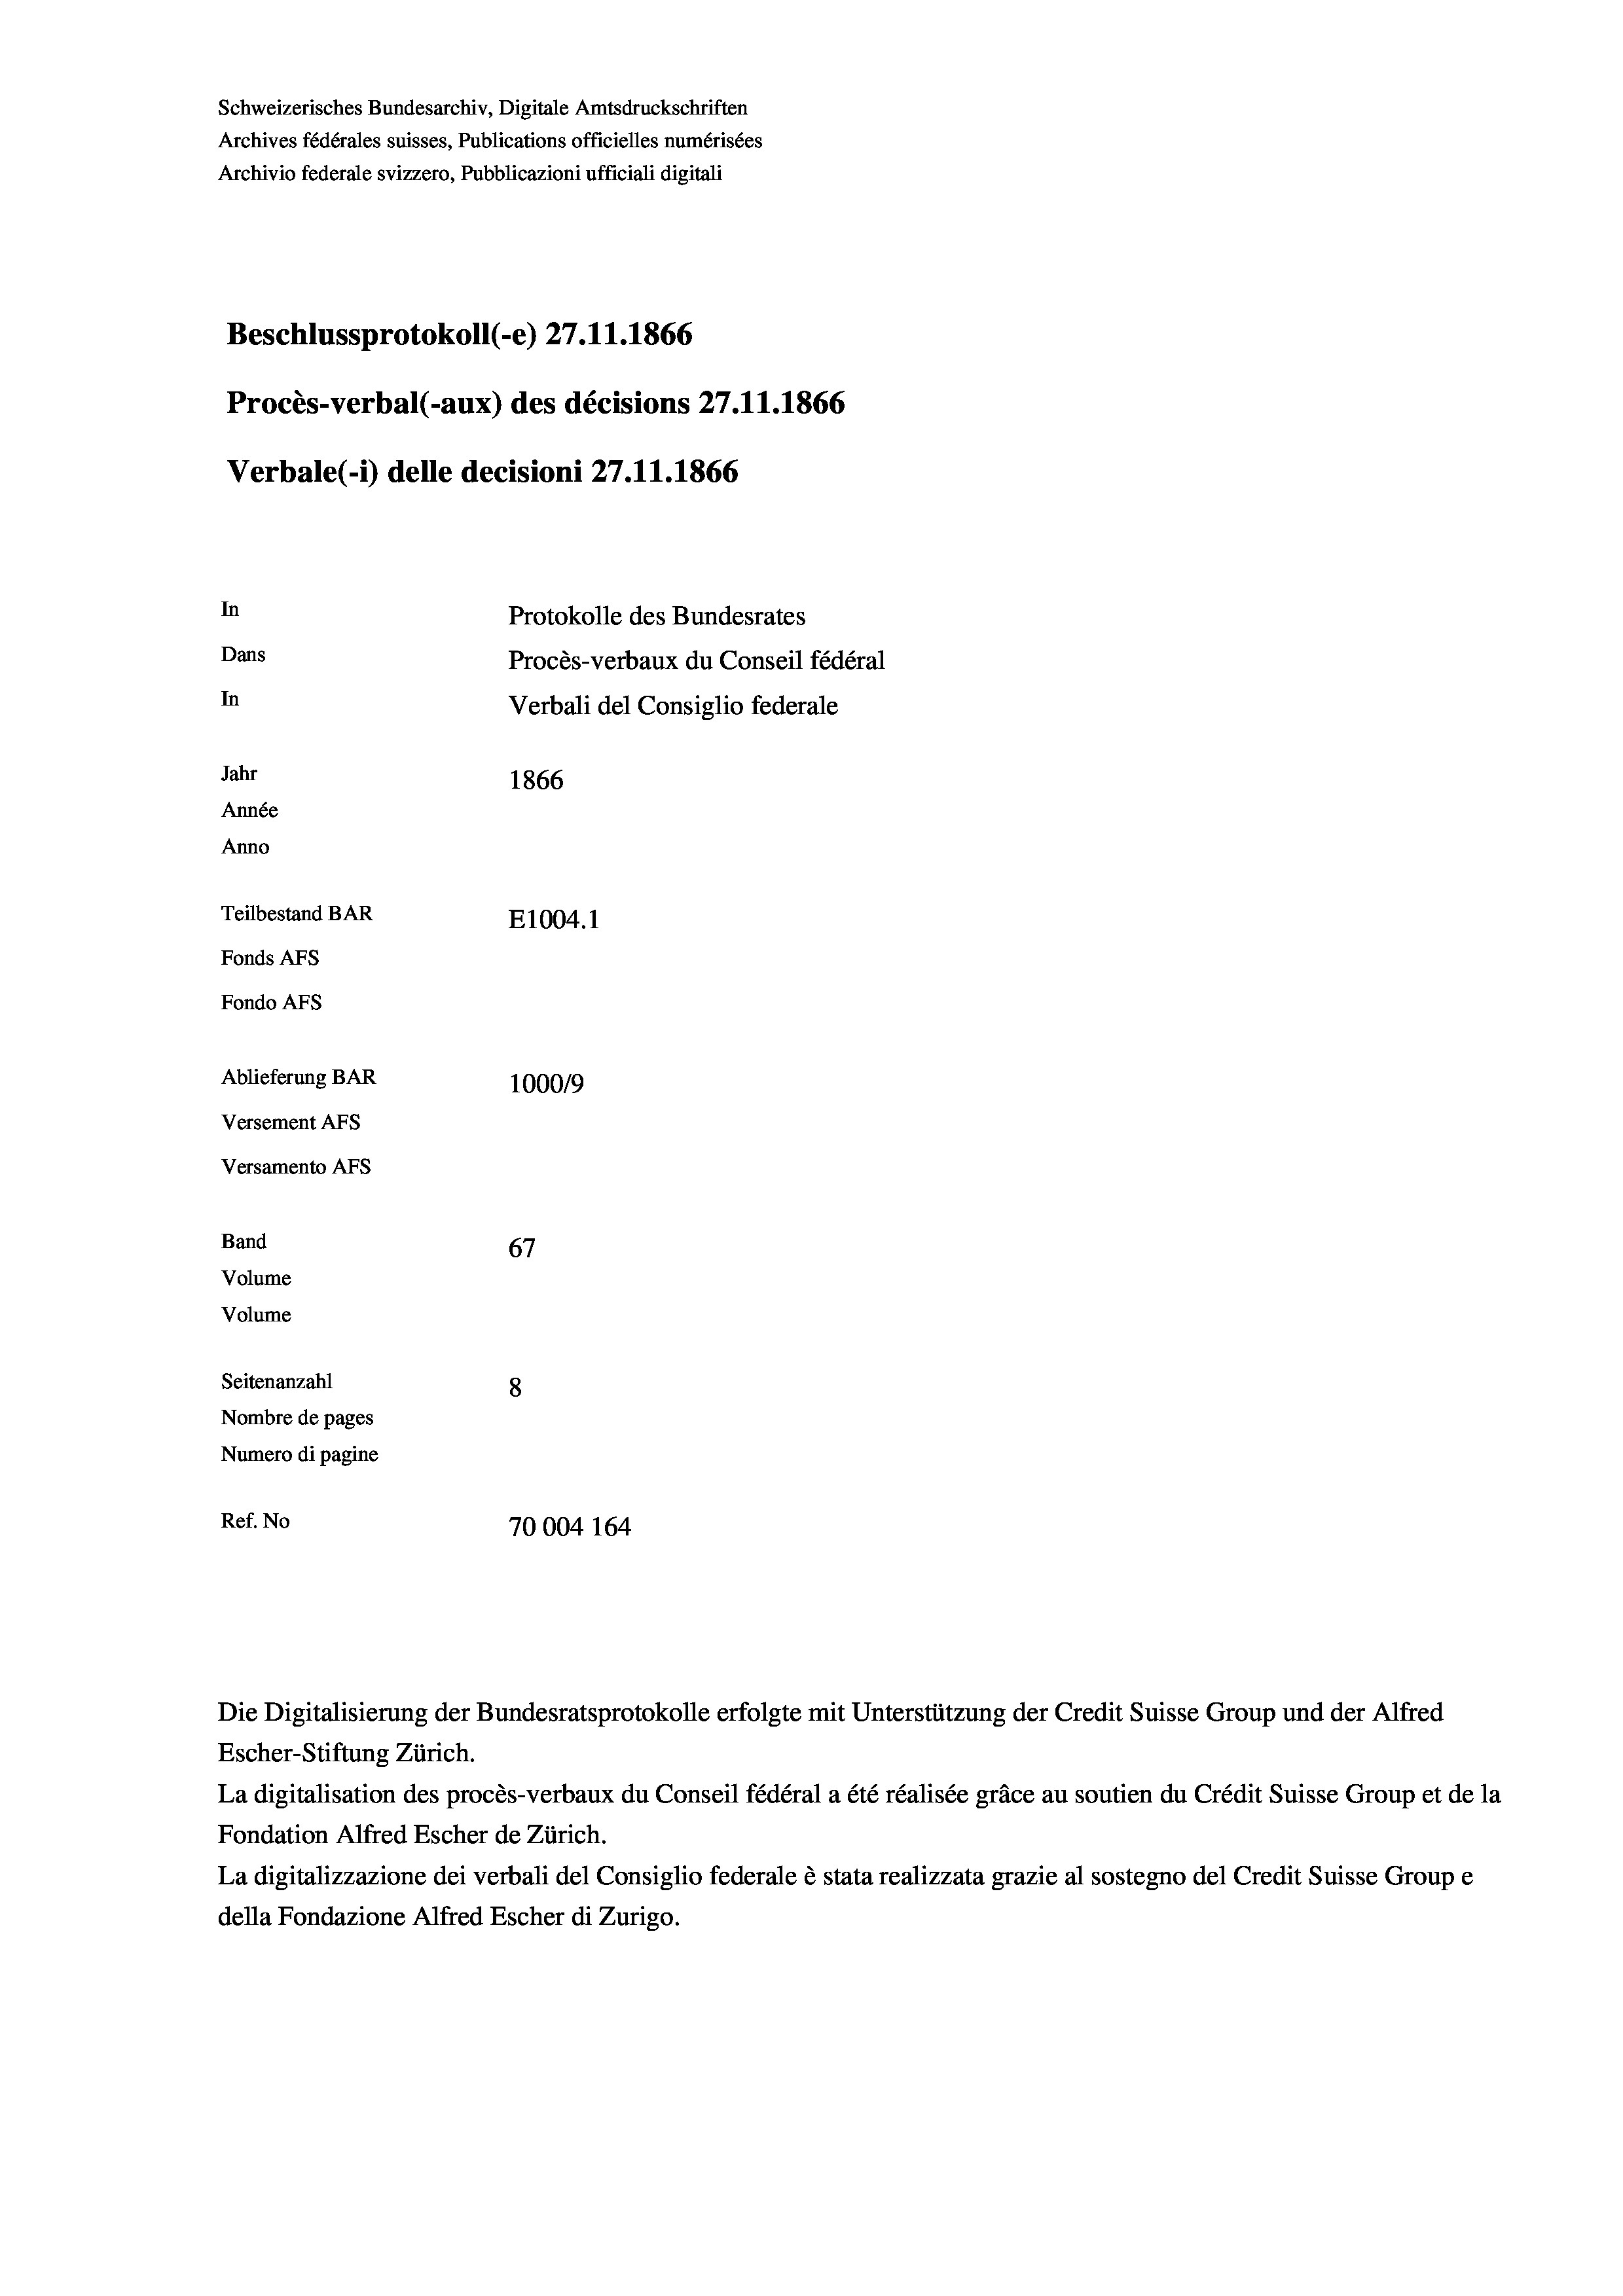
Schweizerisches Bundesarchiv, Digitale Amtsdruckschriften
Archives fédérales suisses, Publications officielles numérisées
Archivio federale svizzero, Pubblicazioni ufficiali digitali
Beschlussprotokoll (-e) 27.11.1866
Procès-verbal (-aux) des décisions 27.11.1866
Verbale(1) delle decisioni 27.11.1866
In
Protokolle des Bundesrates
Dans
Procès-verbaux du Conseil fédéral
In
Verbali del Consiglio federale
Jahr
1866
Année
Anno
Teilbestand BAR
E1004. 1
Fonds Afs
Fondo AFs
Ablieferung BAR
100019
Versement AFS
Versamento AFs
Band
67
Volume
Volume
Seitenanzahl
8
Nombre de pages
Numero di pagine
Ref. No
70004 164

Escher-Stiftung Zürich.
La digitalisation des procès-verbaux du Conseil fédéral a été réalisée gräce au soutien du Crédit Suisse Group et de la
Fondation Alfred Escher de Zürich.
La digitalizzazione dei verbali del Consiglio federale è stata realizzata grazie al sostegno del Credit Suisse Groupe
della Fondazione Alfred Escher di Zurigo.

Die Digitalisierung der Bundesratsprotokolle erfolgte mit Unterstützung der Credit Suisse Group und der Alfred